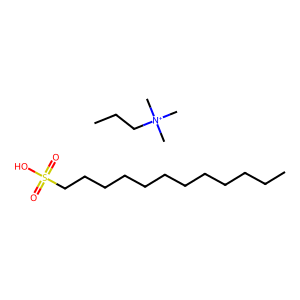
SMILES: CCCCCCCCCCCCS(=O)(=O)O.CCC[N+](C)(C)C
Inhibits HIV replication: No